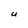
Character: U